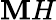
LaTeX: \mathbf{M}H